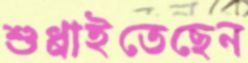
শুধ্‌রাইতেছেন